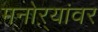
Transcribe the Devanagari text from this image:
मनोऱ्यांवर